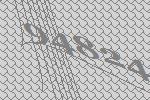
94824